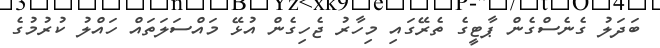
ބަދަލު ގެނެސްގެން ޕާޓީގެ ތެރޭގައި މިހާރު ޖެހިގެން އުޅޭ މައްސަލަތައް ހައްލު ކުރުމުގެ